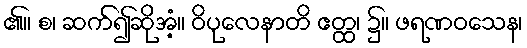
၏။ စ၊ ဆက်၍ဆိုအံ့။ ဝိပုလေနာတိ ဧတ္ထ၊ ၌။ ဖရဏဝသေန၊